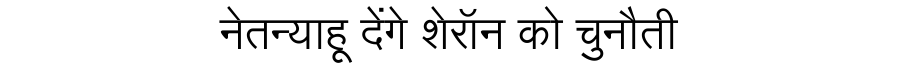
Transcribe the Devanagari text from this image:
नेतन्याहू देंगे शेरॉन को चुनौती